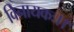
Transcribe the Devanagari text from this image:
विनायकः।।